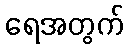
ရေအတွက်